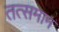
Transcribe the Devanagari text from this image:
तत्समान